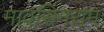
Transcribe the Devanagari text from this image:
मावसिनराम